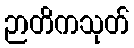
ဉာတိကသုတ်